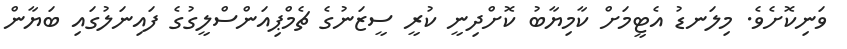
ވަނިކޮށެވެ. މިލަނޑު އެޓީމަށް ކާމިޔާބު ކޮށްދިނީ ކުރީ ސީޒަނުގެ ޗެމްޕިއަންސްލީގުގެ ފައިނަލުގައި ބަޔާން